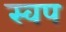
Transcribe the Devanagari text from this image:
स्वप